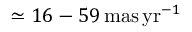
\simeq 1 6 - 5 9 \, \mathrm { m a s \, y r } ^ { - 1 }